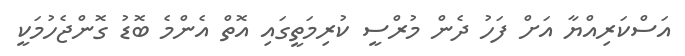
އަސްކަރިއްޔާ އަށް ފަހު ދެން މުރްސީ ކުރިމަތީގައި އޮތް އެންމެ ބޮޑު ގޮންޖެހުމަކީ